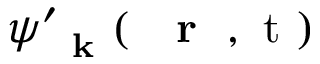
\psi _ { \mathrm { ~ \bf ~ k ~ } } ^ { \prime } ( \mathrm { ~ { ~ \bf ~ r ~ } ~ , ~ t ~ } )